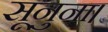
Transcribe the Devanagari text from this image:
सूनुना।